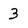
Character: 3